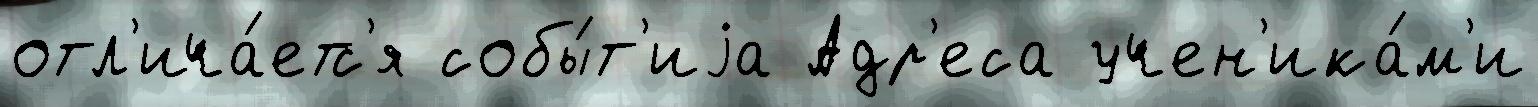
отл'ича́етс'я собы́т'иjа Адр'еса учен'ика́м'и